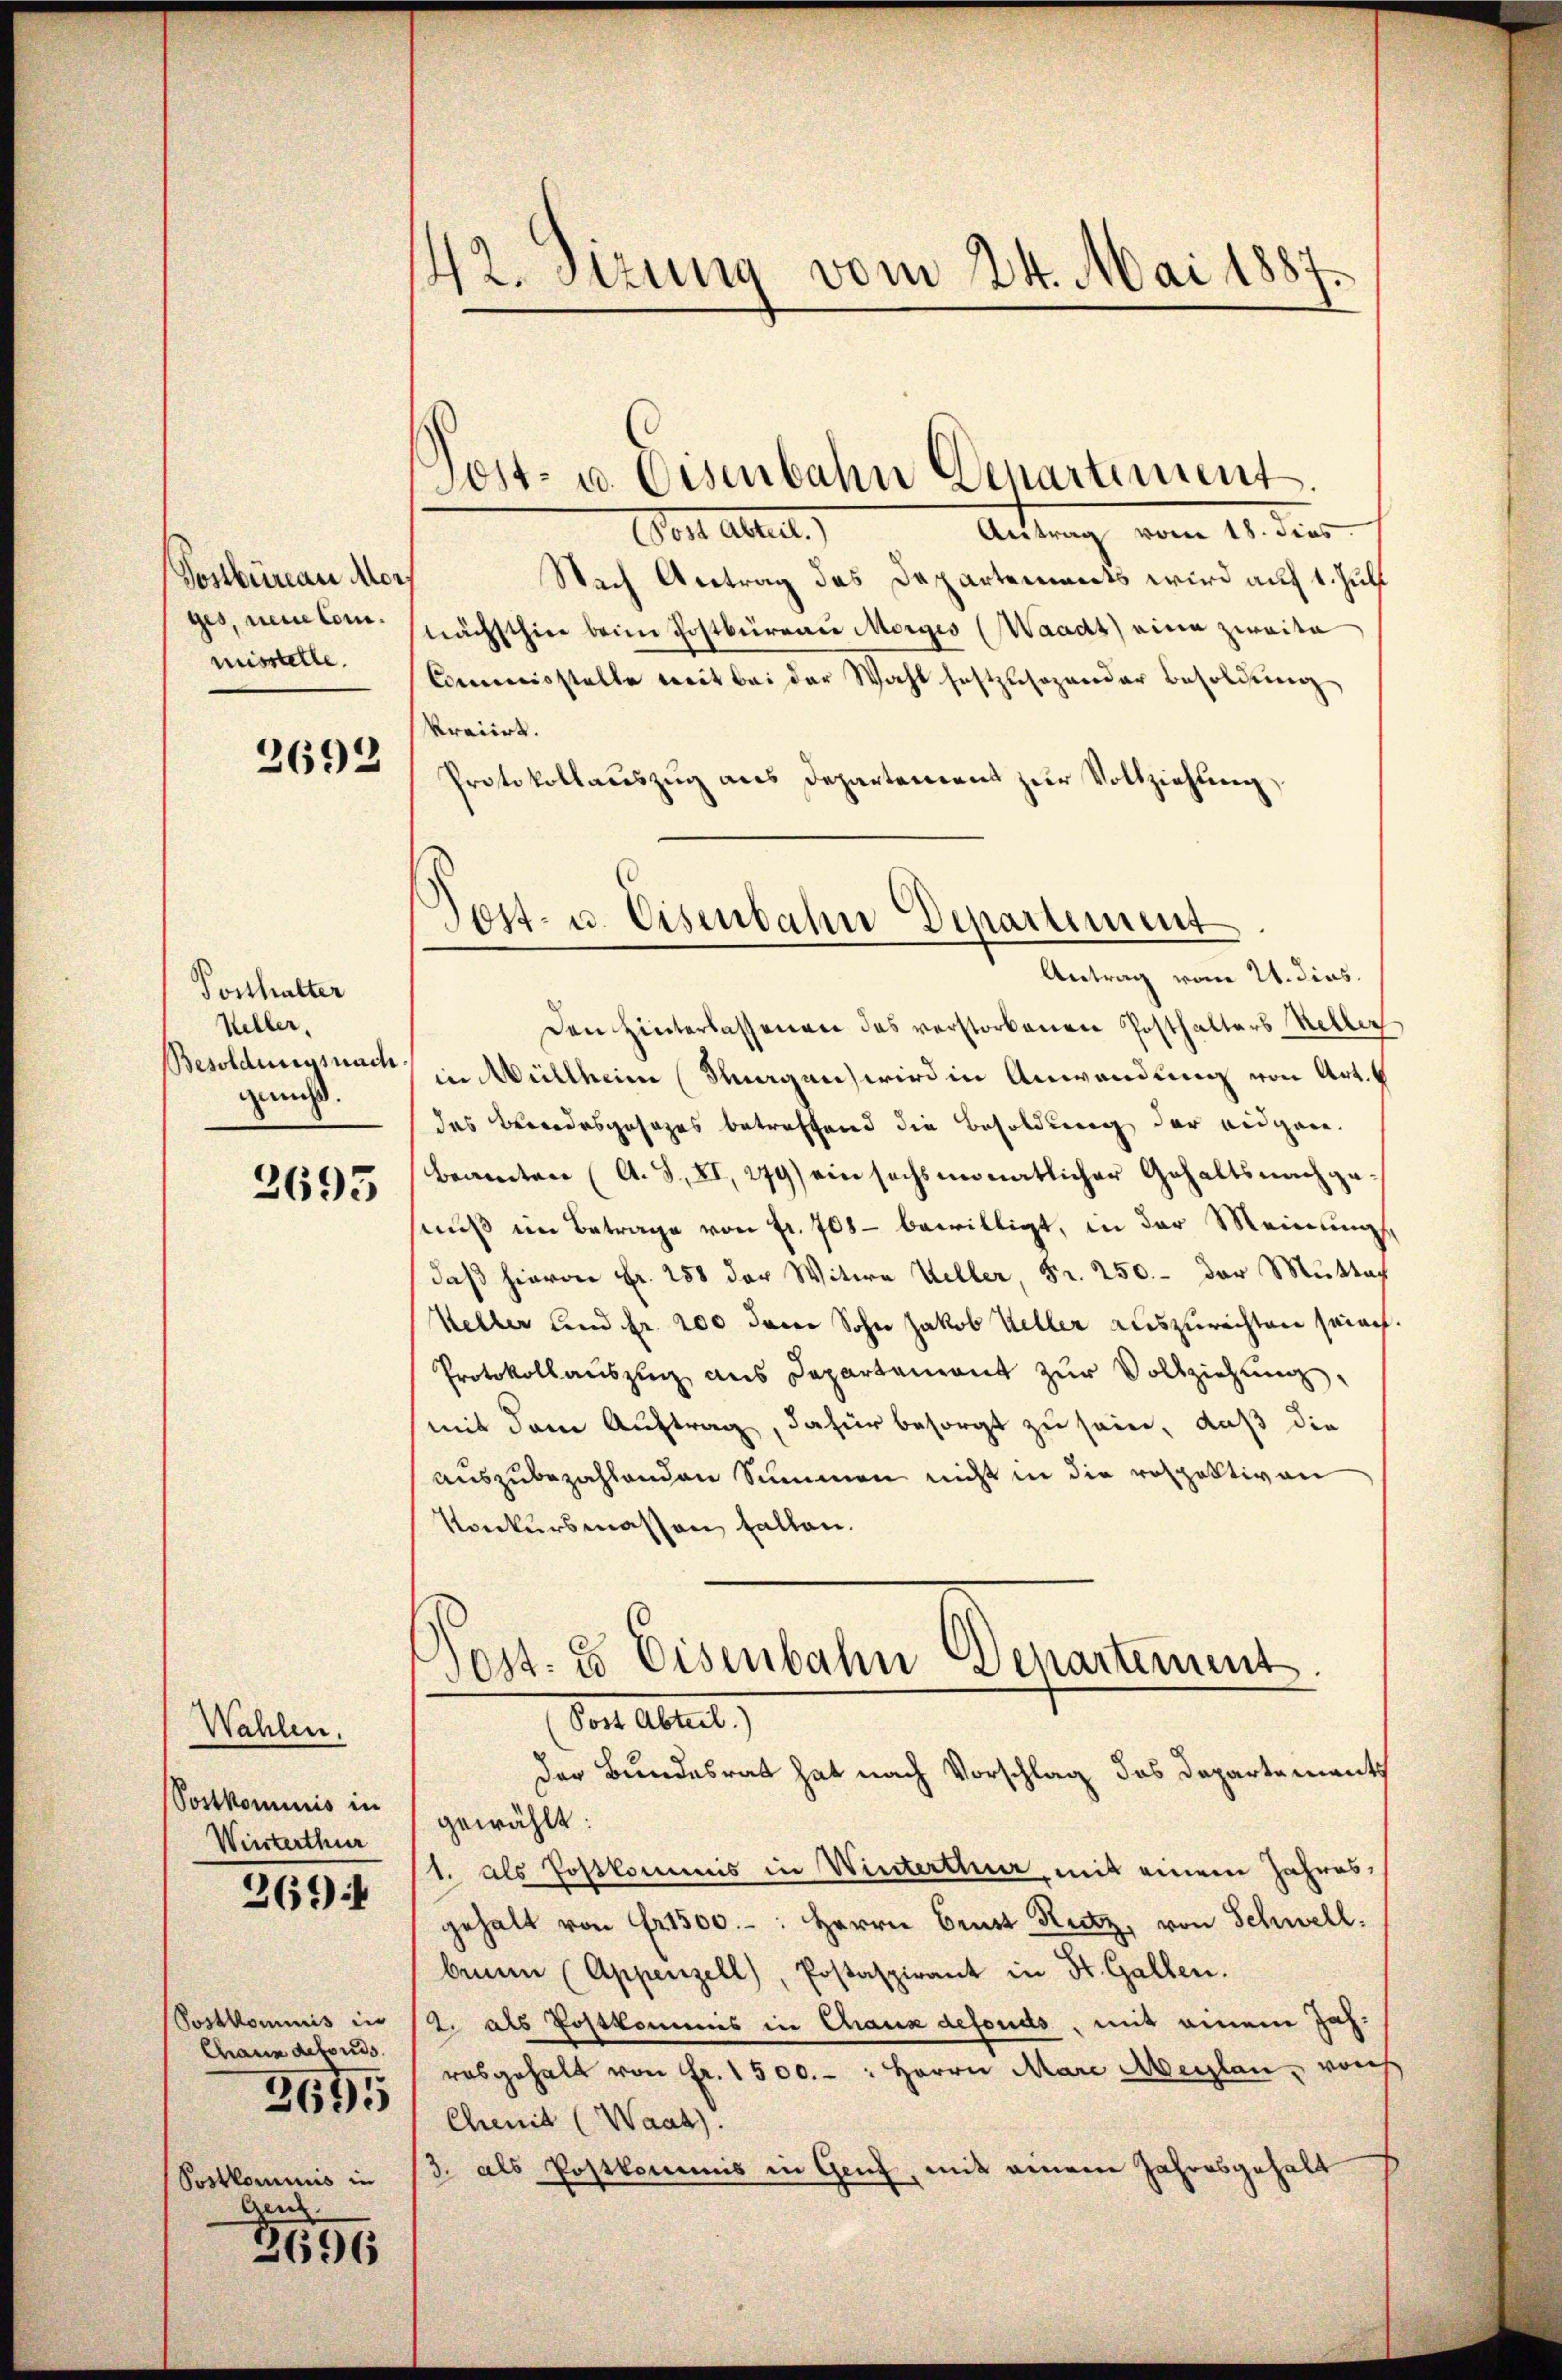
Sostbüreau Mor
ges, neue tom.
misstelle.

2692

Posthalter
Weller,
Besoldungsnach
gans.

2695

Wahlen,
Postkominis in
Winterthur
2694

Postkommnis in
Chann defonds.
Postlominis in
Gen.

2695

2696

42. Stzung vom 24. Mai 1887.

Jost- u. Eisenbahn Departement.

oit attet.
Antrag vom 18. dies
Nach Antrag des Departements wird auf 1. Juli
nächsthier beim Postbureau Morges (Waadt) eine zweite
Comisstelle weit bei der Wahl festzusozander Besoldŭng
kracirt.
Protokollauszug aus Departement zur Vollziehung,

Post- u. Eisenbahn Departement
Antrag vom 21. dies.

Den Hinterlassenen das verstorbenen Posthalters Keller
in Müllheim Sagen wird in Anwendung von Art.
das Brodesgesezes betreffend die Besoldung der eidgen.
beamten (A. S. XI, 279) ein sechsmonatlicher Gehaltsnachgemuß im Betrage von fr. 708 - bewilligt, in der Meinungs
daß hievon Fr. 258 der Witwe Weller, Fr. 250.- der Muttaf
Keller und Fr. 200 dem Sohn Jakob Keller auszurechten sein.
Protokollauszug aus Departement zur Vollziehung.
mit dem Auftrag, dafür besorgt zu sein, daß die
auszubezahlenden Summen nicht in die rospektiven
Konkursmassen fallen.

sost: es Eisenbahn Denartement.
Von Abreit

der Bundesrat hat nach Vorschlag das Departements
gewählt:
1. als Postkommis in Winterthur, mit einem Jahresgehalt von Fr. 1500.-: Herrn Brust Rutz, von Schwell.
bium (Appenzell), Postaspirant in St. Gallen.
2. als Postkommis in Chaux defonds, mit einem Jahrosgehalt von Fr. 1500. - : Herrn Mare Meilen, von
Chenit (Waat).
3. als Postkommis in Genz, mit einem Jahresgehalt